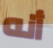
أنه